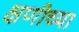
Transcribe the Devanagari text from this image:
क्षणीच्या